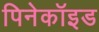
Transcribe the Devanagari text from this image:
पिनेकॉइड